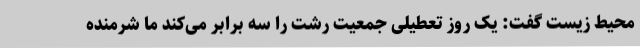
محیط زیست گفت: یک روز تعطیلی جمعیت رشت را سه برابر می‌کند ما شرمنده